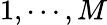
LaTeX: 1,\cdots,M